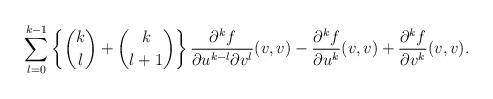
LaTeX: \begin{align*} \sum_{l=0}^{k-1}\left\{\binom{k}{l}+\binom{k}{l+1}\right\}\frac{\partial^kf}{\partial u^{k-l}\partial v^l}(v,v)-\frac{\partial^kf}{\partial u^k}(v,v)+\frac{\partial^kf}{\partial v^k}(v,v).\end{align*}